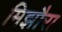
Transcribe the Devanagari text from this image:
मिझौरा